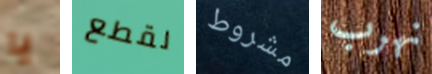
يا لقطع مشروط نهرب